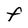
Character: F